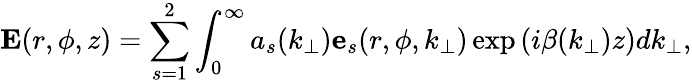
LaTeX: \textbf{E}(r,\phi,z)=\sum_{s=1}^{2}\int_{0}^{\infty}a_{s}(k_{\perp})\textbf{e}_{s}(r,\phi,k_{\perp})\exp{(i\beta(k_{\perp})z)}dk_{\perp},